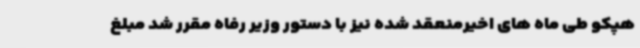
هپکو طی ماه های اخیرمنعقد شده نیز با دستور وزیر رفاه مقرر شد مبلغ